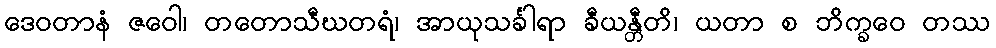
ဒေဝတာနံ ဇဝေါ၊ တတောသီဃတရံ၊ အာယုသင်္ခါရာ ခီယန္တီတိ၊ ယတာ စ ဘိက္ခဝေ တဿ